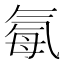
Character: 𪵥